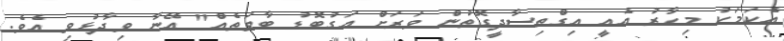
އެކަމަކު މިހާރު އެއީ އިގްތިސާދީގޮތުން ވަރަށް އަގުބޮޑު ބާވަތެއް" އޭނާ ވިދާޅުވި އެވެ.